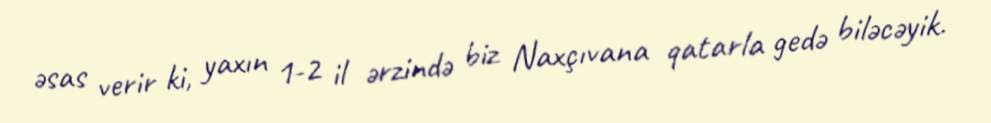
əsas verir ki, yaxın 1-2 il ərzində biz Naxçıvana qatarla gedə biləcəyik.